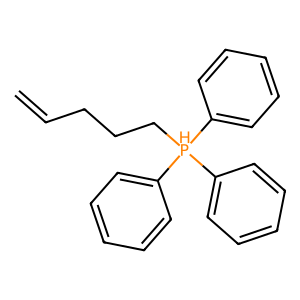
SMILES: C=CCCC[PH](c1ccccc1)(c1ccccc1)c1ccccc1
Inhibits HIV replication: No